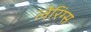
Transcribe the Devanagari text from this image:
लेरिंग्स